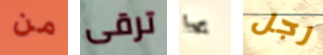
من ترقى بها رجل